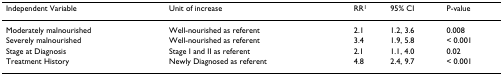
| Independent Variable | Unit of increase | RR1 | 95% CI | P-value |
 | --- | --- | --- | --- | --- |
 | Moderately malnourished | Well-nourished as referent | 2.1 | 1.2, 3.6 | 0.008 |
 | Severely malnourished | Well-nourished as referent | 3.4 | 1.9, 5.8 | < 0.001 |
 | Stage at Diagnosis | Stage I and II as referent | 2.1 | 1.1, 4.0 | 0.02 |
 | Treatment History | Newly Diagnosed as referent | 4.8 | 2.4, 9.7 | < 0.001 |